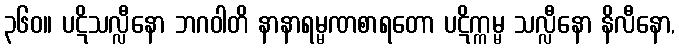
၃၆၀။ ပဋိသလ္လီနော ဘဂဝါတိ နာနာရမ္မဏစာရတော ပဋိက္ကမ္မ သလ္လီနော နိလီနော,